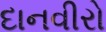
દાનવીરો